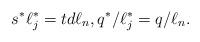
LaTeX: \begin{align*}s^*\ell_j^* = t d \ell_n, q^*/\ell_j^* = q /\ell_n.\end{align*}